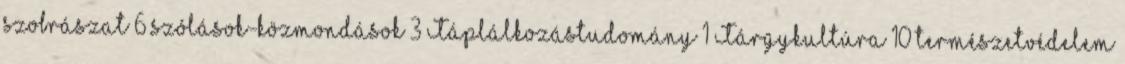
szobrászat 6 szólások-közmondások 3 Táplálkozástudomány 1 Tárgykultúra 10 természetvédelem